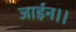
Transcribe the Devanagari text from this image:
जाईन।।